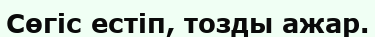
Сөгіс естіп, тозды ажар.